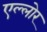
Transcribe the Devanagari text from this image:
एल्लोर